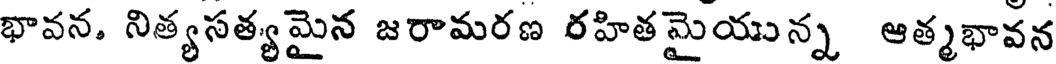
భావన. నిత్యసత్యమైన జరామరణ రహితమైయున్న ఆత్మభావన